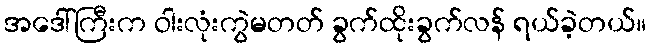
အဒေါ်ကြီးက ဝါးလုံးကွဲမတတ် ခွက်ထိုးခွက်လန် ရယ်ခဲ့တယ်။